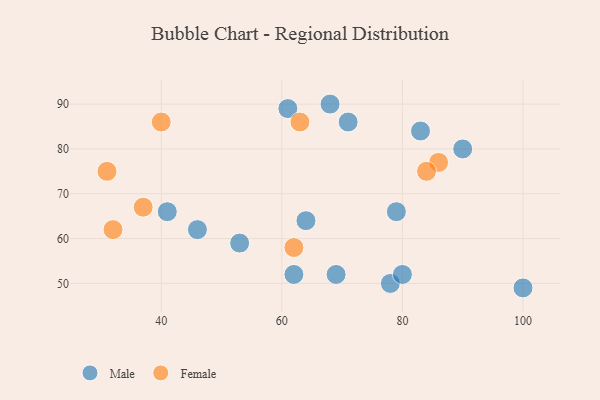
{"axis": {"x": "GDP", "y": "Life Expectancy"}, "legend": ["Female", "Male"], "data": [{"x": "61", "y": 89, "type": "Male"}, {"x": "78", "y": 50, "type": "Male"}, {"x": "64", "y": 64, "type": "Male"}, {"x": "90", "y": 80, "type": "Male"}, {"x": "83", "y": 84, "type": "Male"}, {"x": "71", "y": 86, "type": "Male"}, {"x": "53", "y": 59, "type": "Male"}, {"x": "69", "y": 52, "type": "Male"}, {"x": "46", "y": 62, "type": "Male"}, {"x": "68", "y": 90, "type": "Male"}, {"x": "41", "y": 66, "type": "Male"}, {"x": "80", "y": 52, "type": "Male"}, {"x": "79", "y": 66, "type": "Male"}, {"x": "100", "y": 49, "type": "Male"}, {"x": "62", "y": 52, "type": "Male"}, {"x": "32", "y": 62, "type": "Female"}, {"x": "63", "y": 86, "type": "Female"}, {"x": "37", "y": 67, "type": "Female"}, {"x": "86", "y": 77, "type": "Female"}, {"x": "40", "y": 86, "type": "Female"}, {"x": "62", "y": 58, "type": "Female"}, {"x": "31", "y": 75, "type": "Female"}, {"x": "84", "y": 75, "type": "Female"}]}